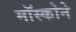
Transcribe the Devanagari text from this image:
मॉस्कोने